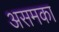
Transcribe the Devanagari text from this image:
असमका